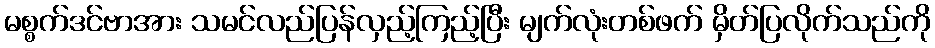
မစ္စက်ဒင်ဗာအား သမင်လည်ပြန်လှည့်ကြည့်ပြီး မျက်လုံးတစ်ဖက် မှိတ်ပြလိုက်သည်ကို